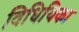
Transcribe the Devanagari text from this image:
विधियिका